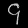
Digit: ၄